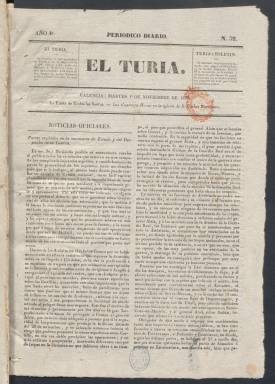
Título: El Turia (Valencia. 1833)
Colección: Periódicos anteriores a 1850
Ámbito geográfico: Valencia
Lugar de publicación: Valencia
Fechas: 01/11/1836-16/04/1837